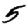
Digit: 5